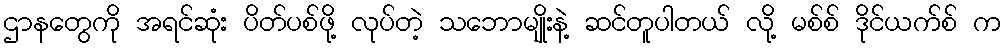
ဌာနတွေကို အရင်ဆုံး ပိတ်ပစ်ဖို့ လုပ်တဲ့ သဘောမျိုးနဲ့ ဆင်တူပါတယ် လို့ မစ်စ် ဒိုင်ယက်စ် က